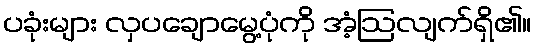
ပခုံးများ လှပချောမွေ့ပုံကို အံ့ဩလျက်ရှိ၏။